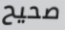
صحيح